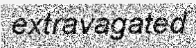
extravagated